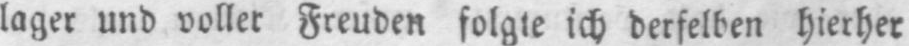
lager und voller Freuden folgte ich derselben hierher